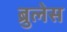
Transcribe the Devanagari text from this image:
ब्रुलेस